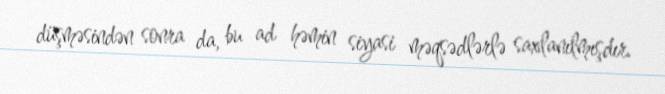
düşməsindən sonra da, bu ad həmin siyasi məqsədlərlə saxlanılmışdır.